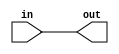
module top(input in, output out);
	assign out = in;
endmodule